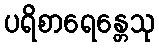
ပရိစာရေန္တေသု